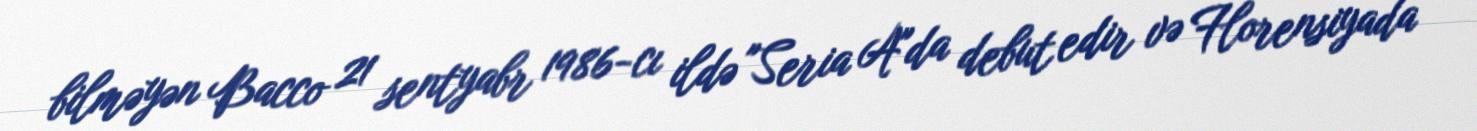
bilməyən Bacco 21 sentyabr 1986-cı ildə "Seria A"da debut edir və Florensiyada